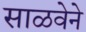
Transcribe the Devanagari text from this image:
साळवेने